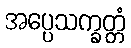
အပ္ပေသက္ခတ္တံ